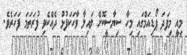
މިއީ މިފަދަ ޕޯޑިއަމްގައި މިހާ ސިޔާސީކޮށް ލައިލާ ވާހަކަފުޅު ދެއްކެވި ފުރަތަމަ ފަހަރެވެ.